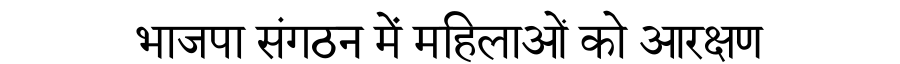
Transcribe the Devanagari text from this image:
भाजपा संगठन में महिलाओं को आरक्षण